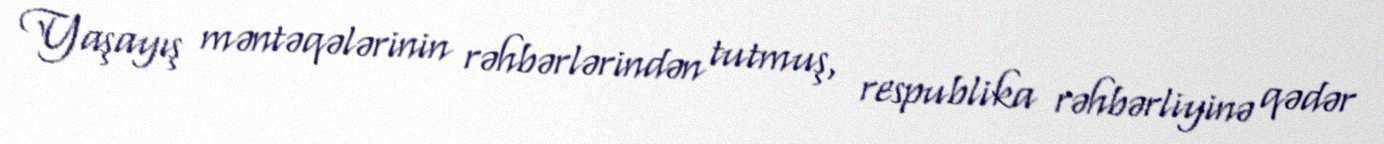
Yaşayış məntəqələrinin rəhbərlərindən tutmuş, respublika rəhbərliyinə qədər